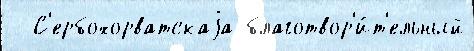
  С'ербохорватскаjа благотвор'и́т'ельный